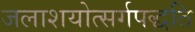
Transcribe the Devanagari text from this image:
जलाशयोत्सर्गपद्धति